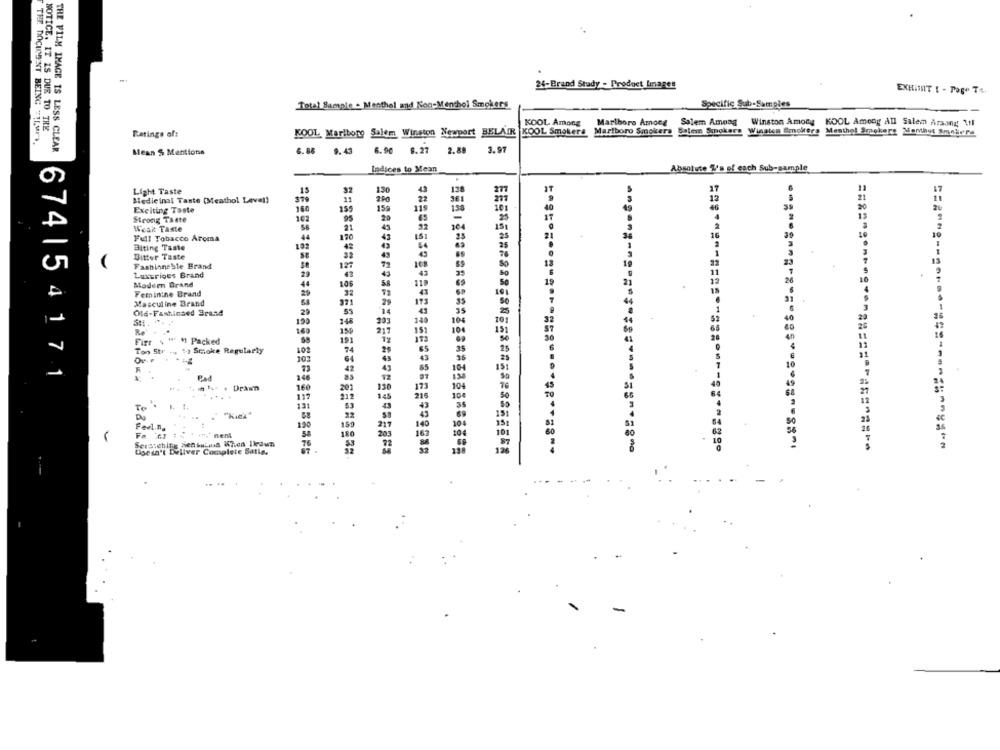
24-Brand Study - Product Images
EXHIINIT ! - Page Te,
Total Sample - Menthal and Kon-Menthol Sanokers
Specific Sub-Samples
NOTICE. IT IS DUE TO TRE
KOOL Among
Marlboro Among Salem Among Winston Amony KOOL Among All Salem Arsong 1.il
Ratings of:
KOOL Marlborg Salem Winston Newport BELAIR |KOOL Smokers Marlboro Smokers Salem Smokers Winston Smokers Menthol Smokers Menthet Smokers
THE DOCUMENT BEING TIL.Un.
THE FILM IMAGE IS LESS CLEAR
Mean S Mentions
6.88
9.43
6.90 9.27
2.89
3.97
Indices to Mean
Absolute T's of each Sub-sample
Light Taste
13
32
13
138
Medic inal Taste (Meathol Level)
$79
11
290
22
12
Exciting Toste
160
159
15%
119
46
35
102
22
Strong Taste
95
32
Weak Taste
21
Full Tobacco Aroma
44
Biting Taste
102
42
Bitter Taste
Fashioneste Brand
127
Luxurious Brand
29
Mader Brand
44
106
Feminine Brand
29
32
Masculine Brand
Old-Fashinaed Brand
29
199
Re
160
Firr
M Packed
Ton Str .
. 1-2 Smoke Regularly
102
101
73
674| 54171
Pad
148
in ts- . Drawn
160
....
117
Te
131
Feel.n.
190
Fa
- men&
Doesn't Deliver Complete Satis.
=============================